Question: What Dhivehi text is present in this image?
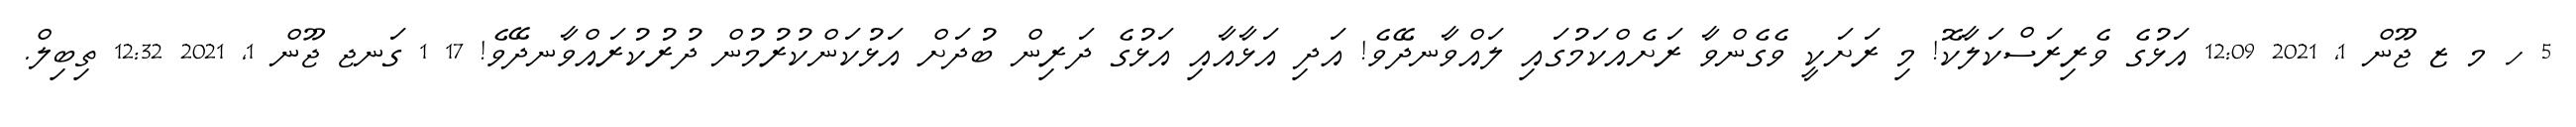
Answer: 5 ހ މ ޒ ޖޫން 1, 2021 12:09 އަޅުގެ ވެރިރަސްކަލާކޮ! މި ރަށަކީ ވެގެންވާ ރަށެއްކަމުގައި ލައްވާނދޭވެ! އަދި އަޅާއާއި އަޅުގެ ދަރިން ބުދަށް އަޅުކަންކުރުމުން ދުރުކުރައްވާނދޭވެ! 17 1 ގަނޖ ޖޫން 1, 2021 12:32 ތިބިލް.